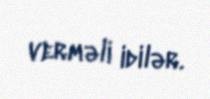
verməli idilər.